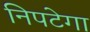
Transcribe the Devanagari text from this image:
निपटेगा